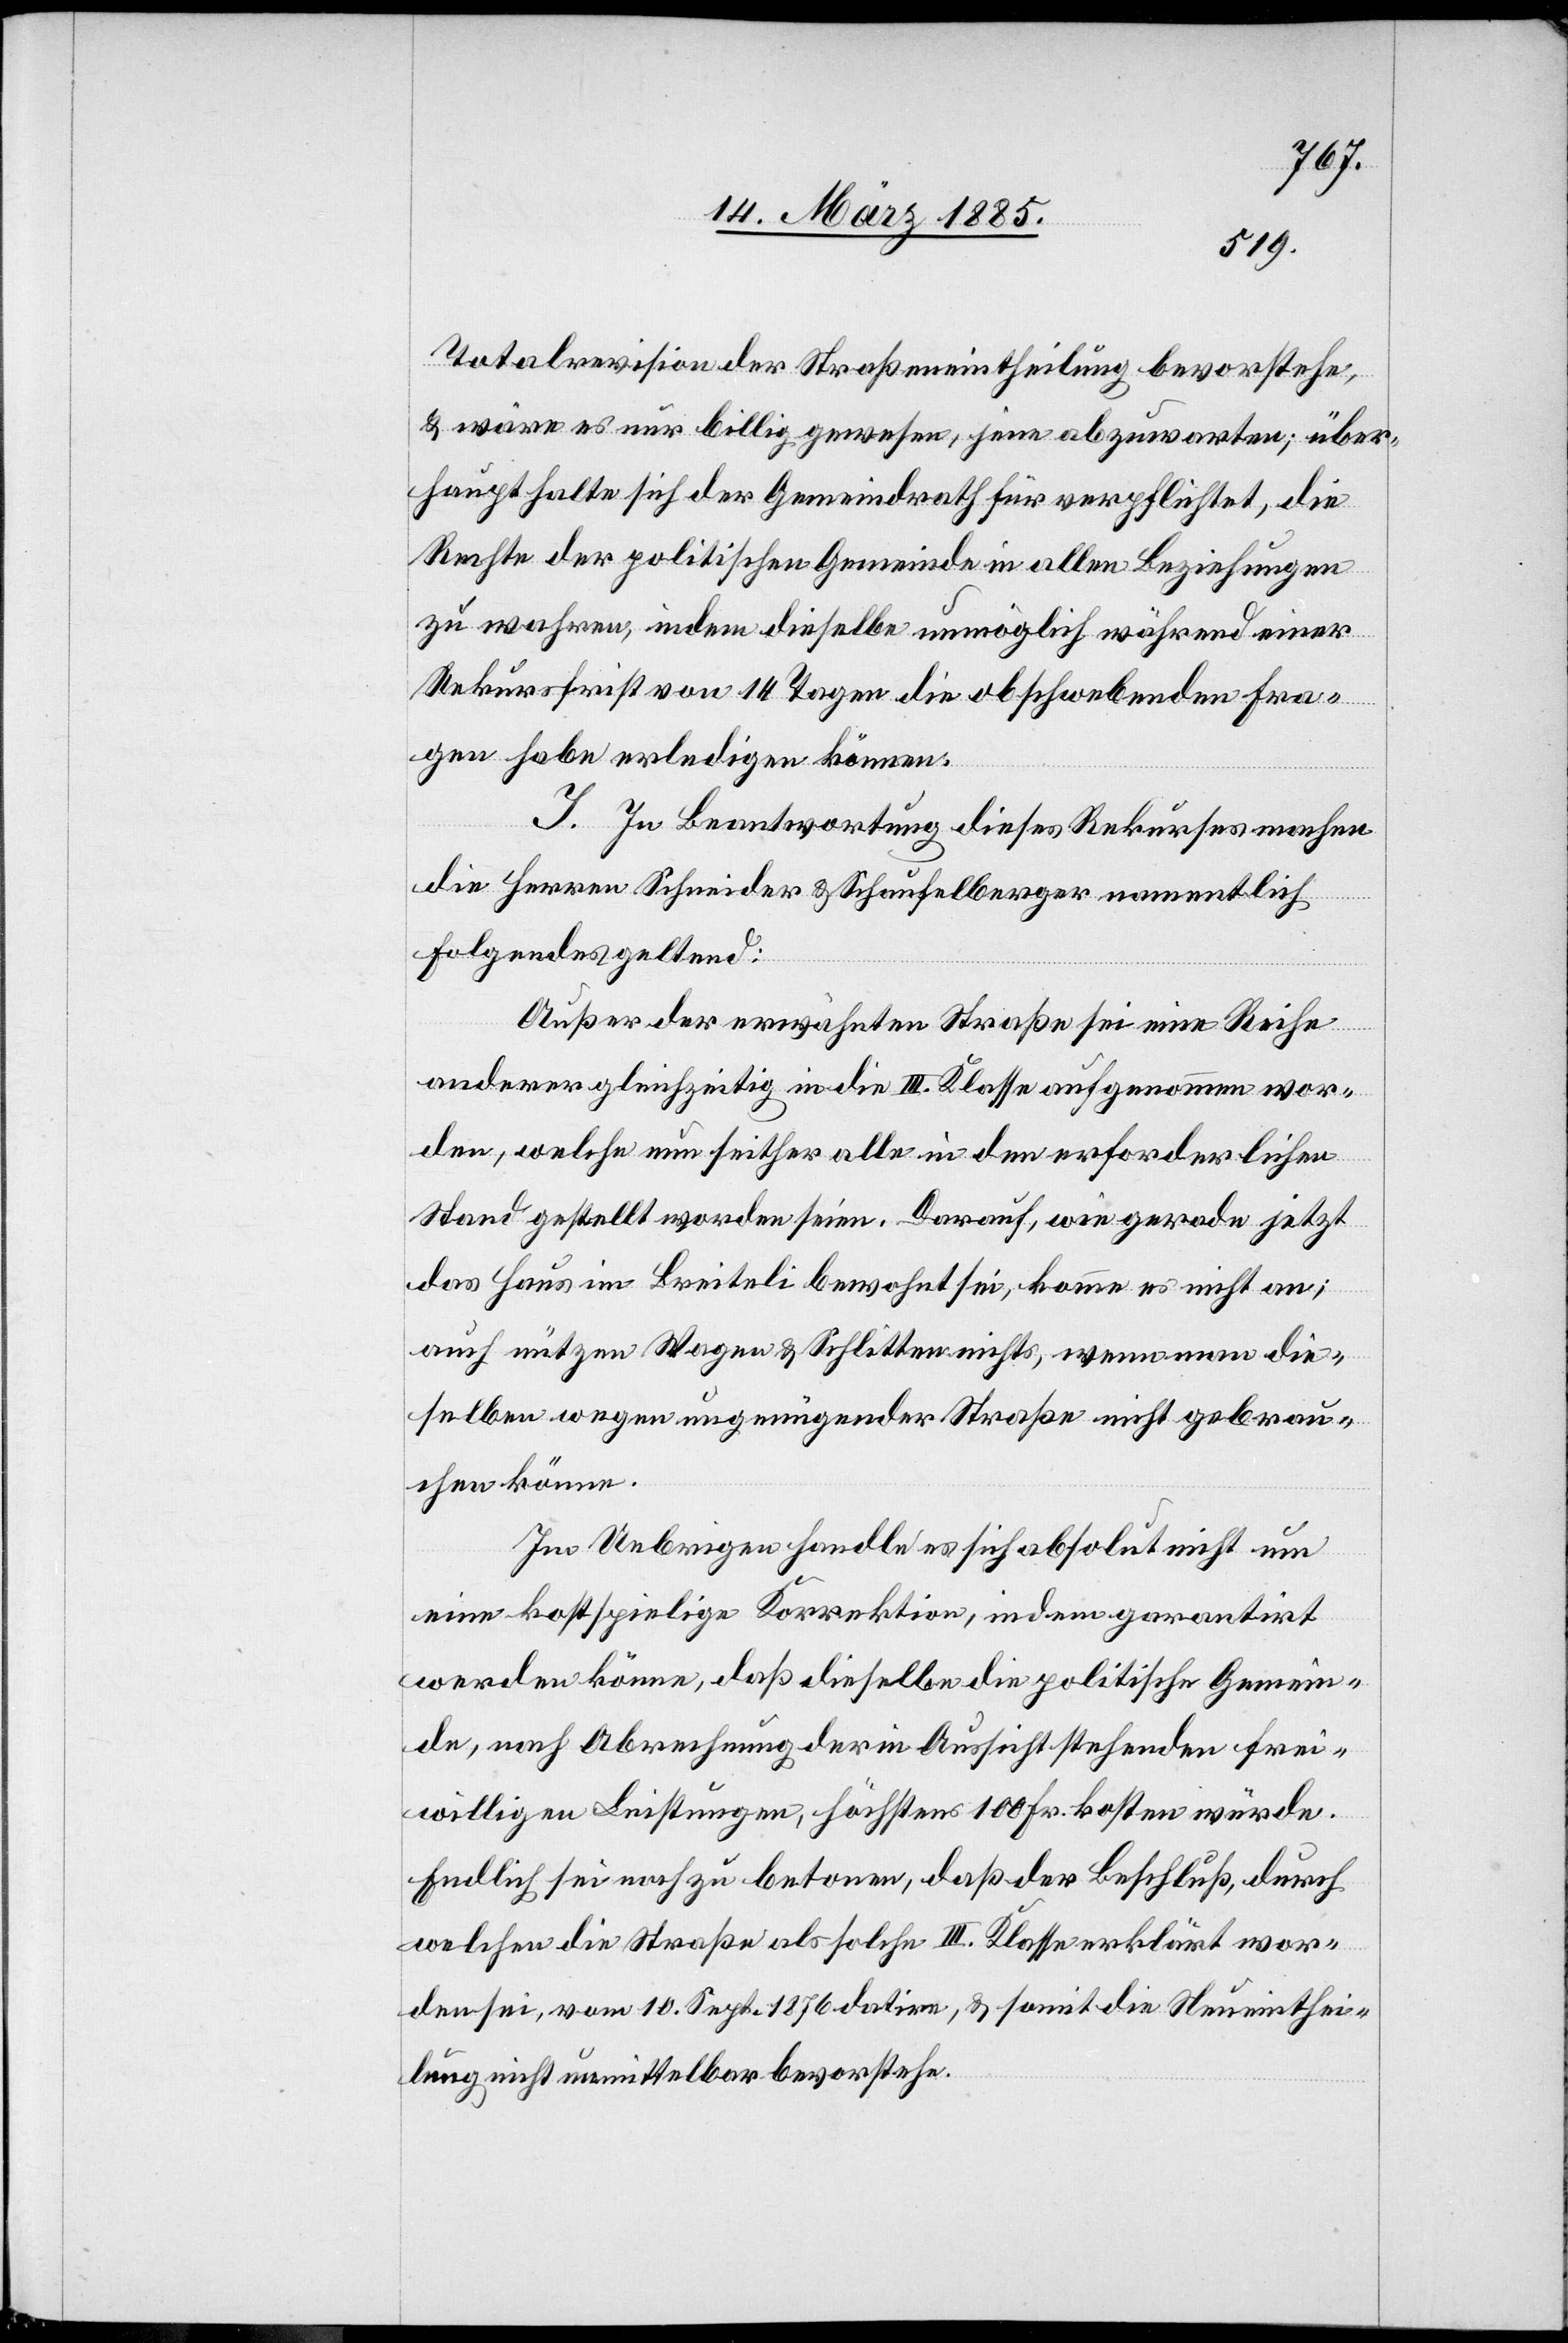
Totalrevision der Straßeneintheilung bevorstehe
& wäre es nur billig gewesen, jene abzuwarten; über¬
haupt halte sich der Gemeindrath für verpflichtet, die
Rechte der politischen Gemeinde in allen Beziehungen
zu wahren, indem dieselbe unmöglich während einer
Rekursfrist von 14. Tagen die obschwebenden Fra¬
gen habe erledigen können.
J. In Beantwortung dieses Rekurses machen
die Herren Schneider & Schaufelberger namentlich
Folgendes geltend:
Außer der erwähnten Straße sei eine Reihe
anderer gleichzeitig in die III. Klasse aufgenommen wor¬
den, welche nun seither alle in den erforderlichen
Stand gestellt worden seien. Darauf, wie gerade jetzt
das Haus im Breiteli bewohnt sei, komme es nicht an;
auch nützen Wagen & Schlitten nichts, wenn man die¬
selben wegen ungenügender Straßen nicht gebrau¬
chen könne.
Im Uebrigen handle es sich absolut nicht um
eine kostspielige Korrektion, indem garantirt
werden könne, daß dieselbe die politische Gemein¬
de, nach Abrechnung der in Aussicht stehenden frei¬
willigen Leistungen, höchstens 100 Fr. kosten würde.
Endlich sei noch zu betonen, daß der Beschluß, durch
welchen die Straße als solche III. Klasse erklärt wor¬
den sei, vom 10. Sept. 1876 datire, & somit die Neueinthei¬
lung nicht unmittelbar bevorstehe.